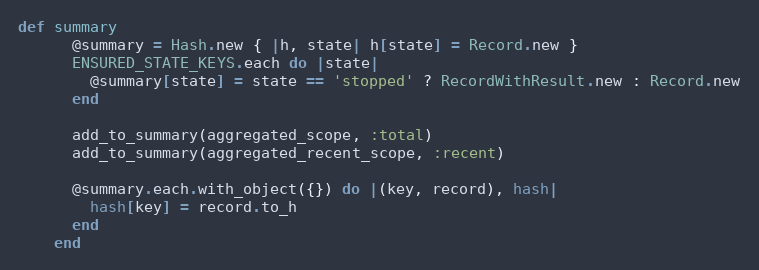
Language: Ruby
def summary
      @summary = Hash.new { |h, state| h[state] = Record.new }
      ENSURED_STATE_KEYS.each do |state|
        @summary[state] = state == 'stopped' ? RecordWithResult.new : Record.new
      end

      add_to_summary(aggregated_scope, :total)
      add_to_summary(aggregated_recent_scope, :recent)

      @summary.each.with_object({}) do |(key, record), hash|
        hash[key] = record.to_h
      end
    end